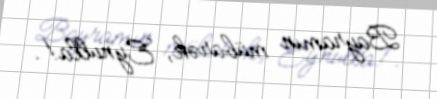
Bayramın mübarək, Eynulla!.